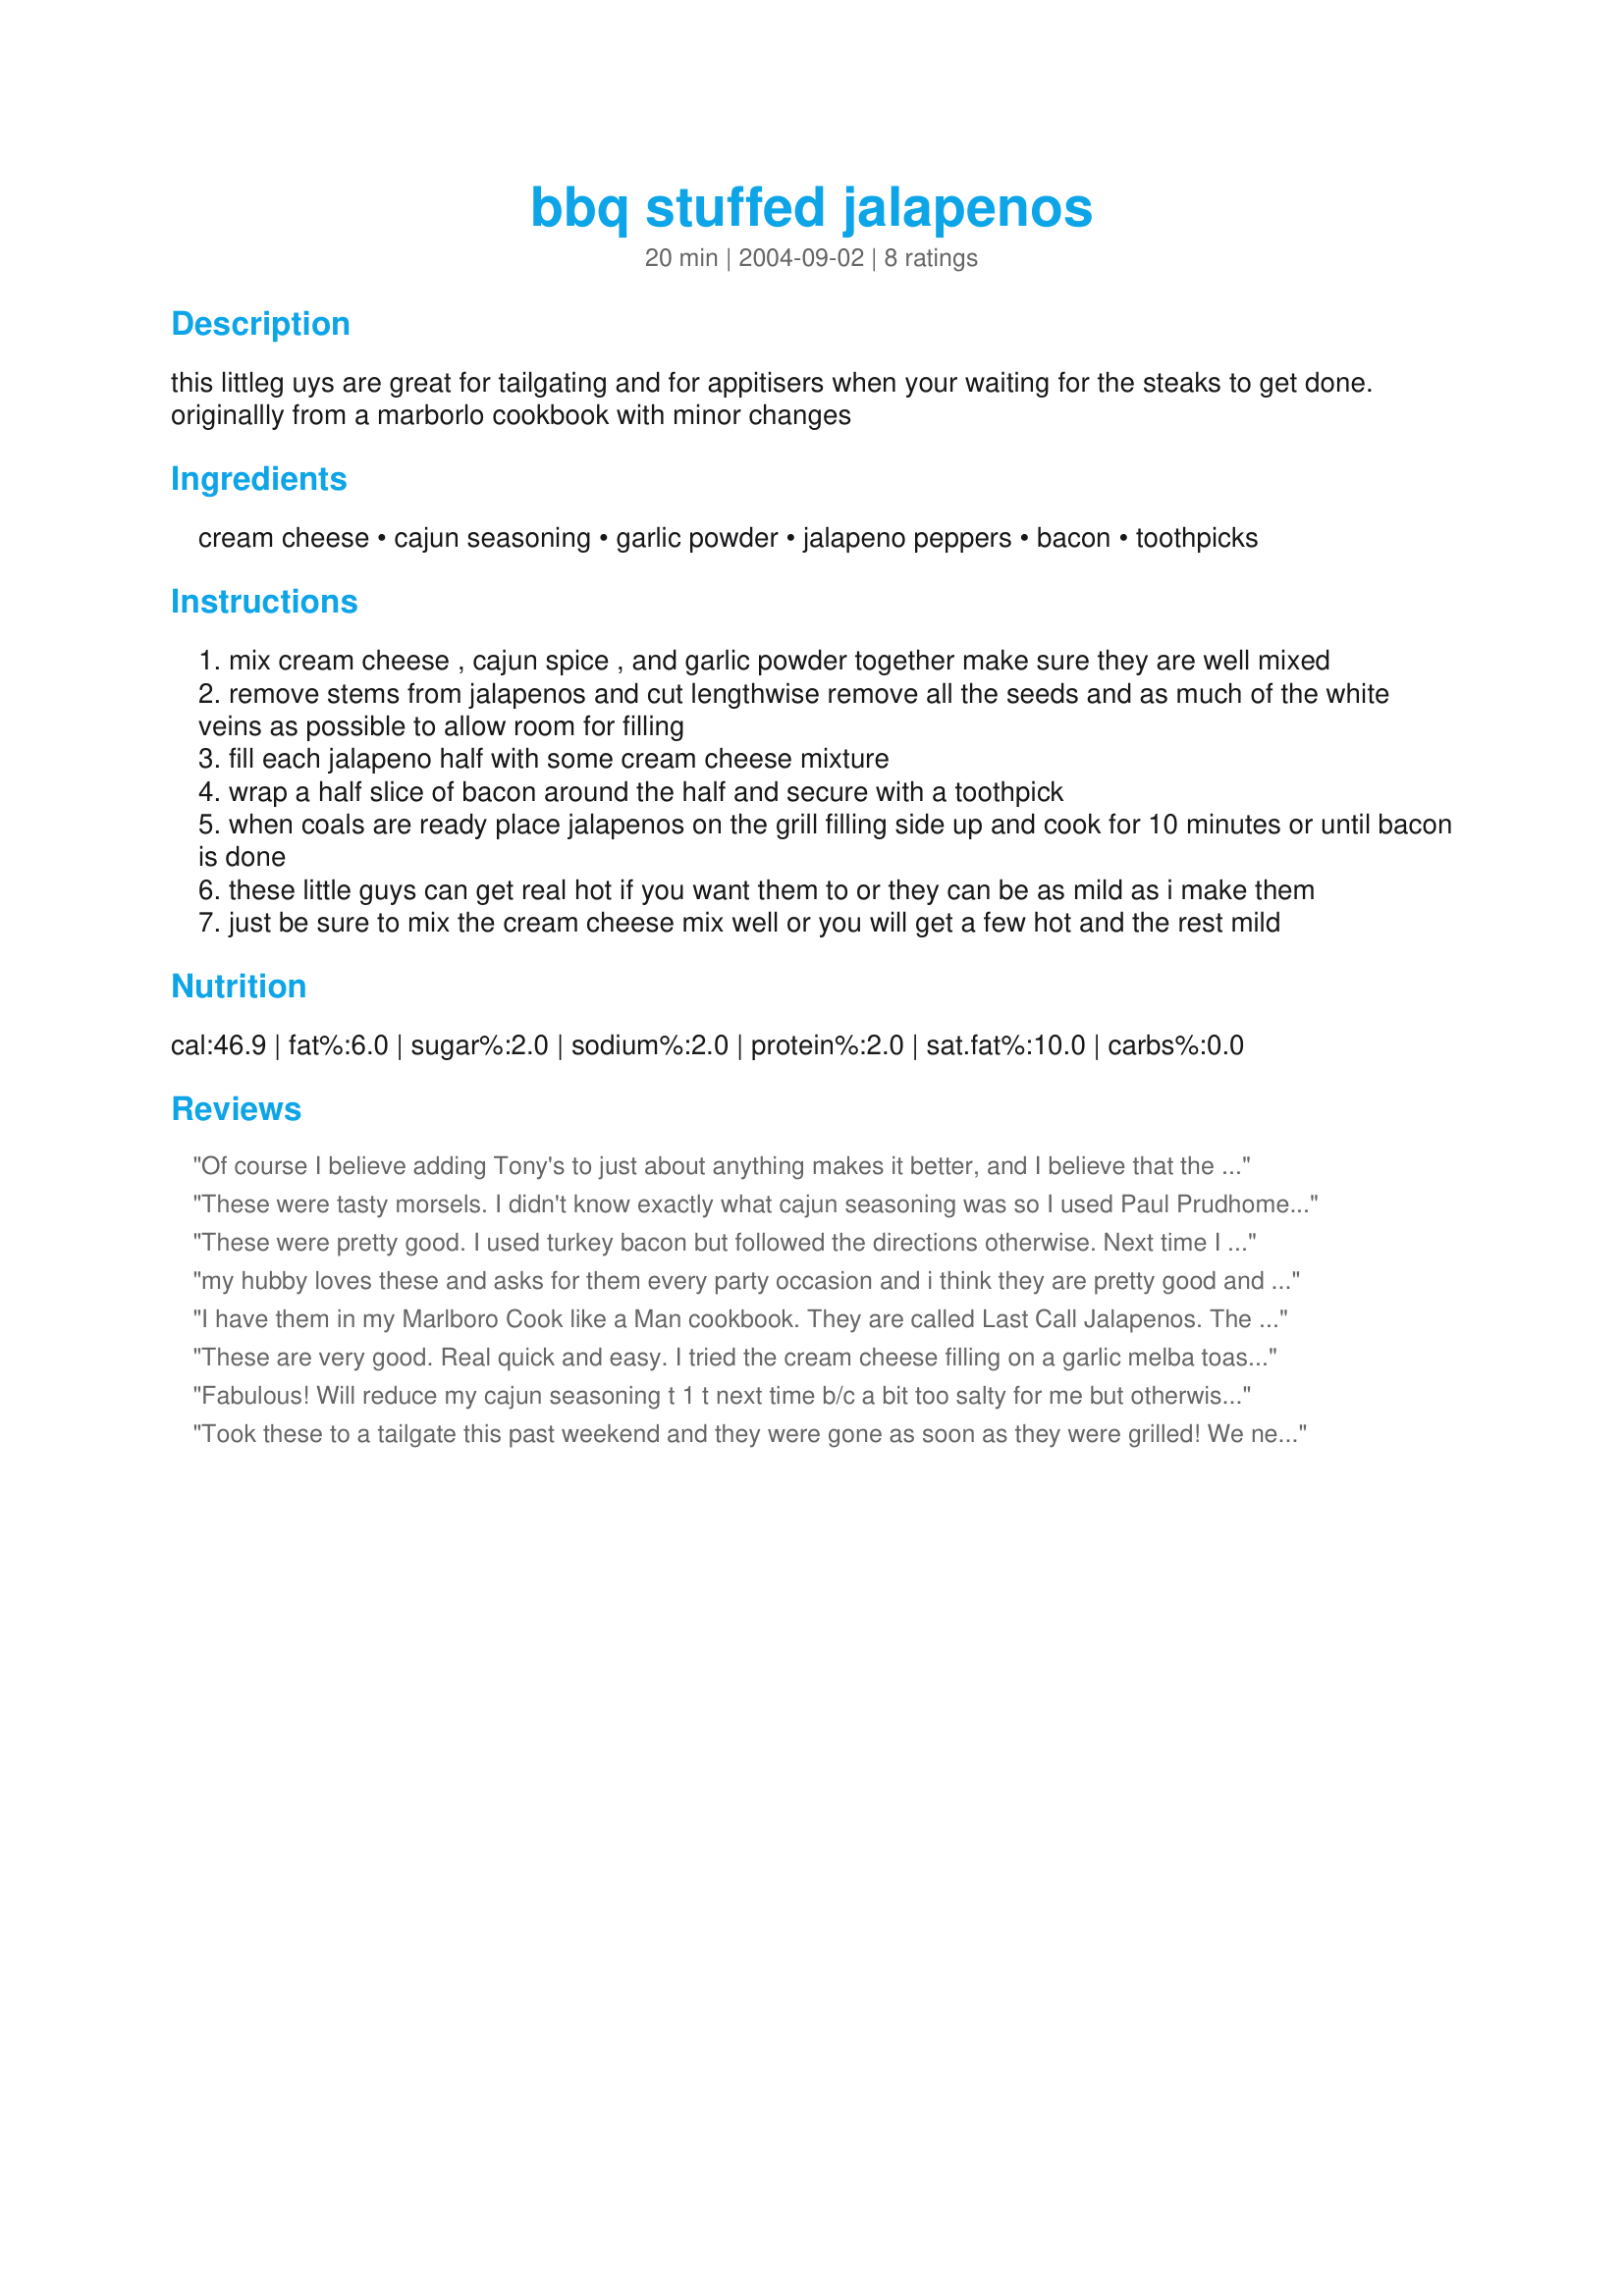
bbq stuffed jalapenos
Preparation time: 20 minutes

this littleg uys are great for tailgating and for appitisers when your waiting for the steaks to get done. originallly from a marborlo cookbook with minor changes

Ingredients:
cream cheese, cajun seasoning, garlic powder, jalapeno peppers, bacon, toothpicks

Steps:
mix cream cheese , cajun spice , and garlic powder together make sure they are well mixed
remove stems from jalapenos and cut lengthwise remove all the seeds and as much of the white veins as possible to allow room for filling
fill each jalapeno half with some cream cheese mixture
wrap a half slice of bacon around the half and secure with a toothpick
when coals are ready place jalapenos on the grill filling side up and cook for 10 minutes or until bacon is done
these little guys can get real hot if you want them to or they can be as mild as i make them
just be sure to mix the cream cheese mix well or you will get a few hot and the rest mild

Reviews:
Of course I believe adding Tony's to just about anything makes it better, and I believe that the addition of it and the garlic powder put your basic stuffed jalapeno recipe over the top! This is the only way I make them now. If you're not grilling other foods and pressed for time, you can also bake these in the oven at about 400 for 20 minutes - broil for a few if bacon isn't brown. Best stuffed jalapeno recipe ever!
These were tasty morsels. I didn't know exactly what cajun seasoning was so I used Paul Prudhome's blackened magic seasoning. Zippy but good.
These were pretty good. I used turkey bacon but followed the directions otherwise. Next time I will add shredded cheese to the cream cheese.
my hubby loves these and asks for them every party occasion and i think they are pretty good and i dont like hot stuff thanks greg
I have them in my Marlboro Cook like a Man cookbook. They are called Last Call Jalapenos. The only difference is they use 1 tbsp Cajun. I will swear that version is worth the 5 stars so this one must be too for those who like a little less spice.
These are very good. Real quick and easy. I tried the cream cheese filling on a garlic melba toast and it tasted great. Don't know which way I like it better as a stuffed jalapeno or as a cracker spread. 

Thanks Greg. 

Bullwinkle.
Fabulous! Will reduce my cajun seasoning t 1 t next time b/c a bit too salty for me but otherwise great flavor! Keeper, TYTYTY!
Took these to a tailgate this past weekend and they were gone as soon as they were grilled! We needed to flip them to fully cook the bacon and I highly recommend using a skewer through the middle of multiple poppers, it made turning that much easier!! I also added about a cup of finely shredded cheddar cheese to the filling as I'm a cheese addict.
